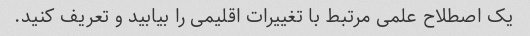
یک اصطلاح علمی مرتبط با تغییرات اقلیمی را بیابید و تعریف کنید.